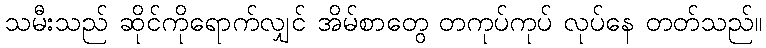
သမီးသည် ဆိုင်ကိုရောက်လျှင် အိမ်စာတွေ တကုပ်ကုပ် လုပ်နေ တတ်သည်။